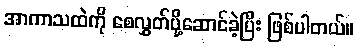
အာကာသထဲကို စေလွှတ်ပို့ဆောင်ခဲ့ပြီး ဖြစ်ပါတယ်။